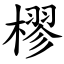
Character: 樛